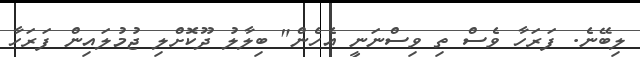
ލިބޭނެ. ފަރަހާ ވެސް ތި ވިސްނަނީ އެހެން" ބިލާލު ދޫކޮށްލި ޖުމުލައިން ފަރަހާ